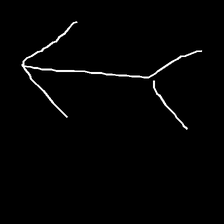
Glyph: gather